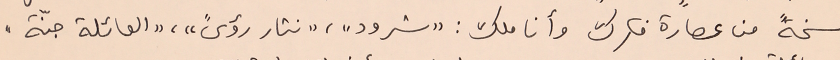
نسخةً من عصارة فكرك وأنا ملك : "شرود"، "نثار رؤىً"، "العائلة جنّة"،